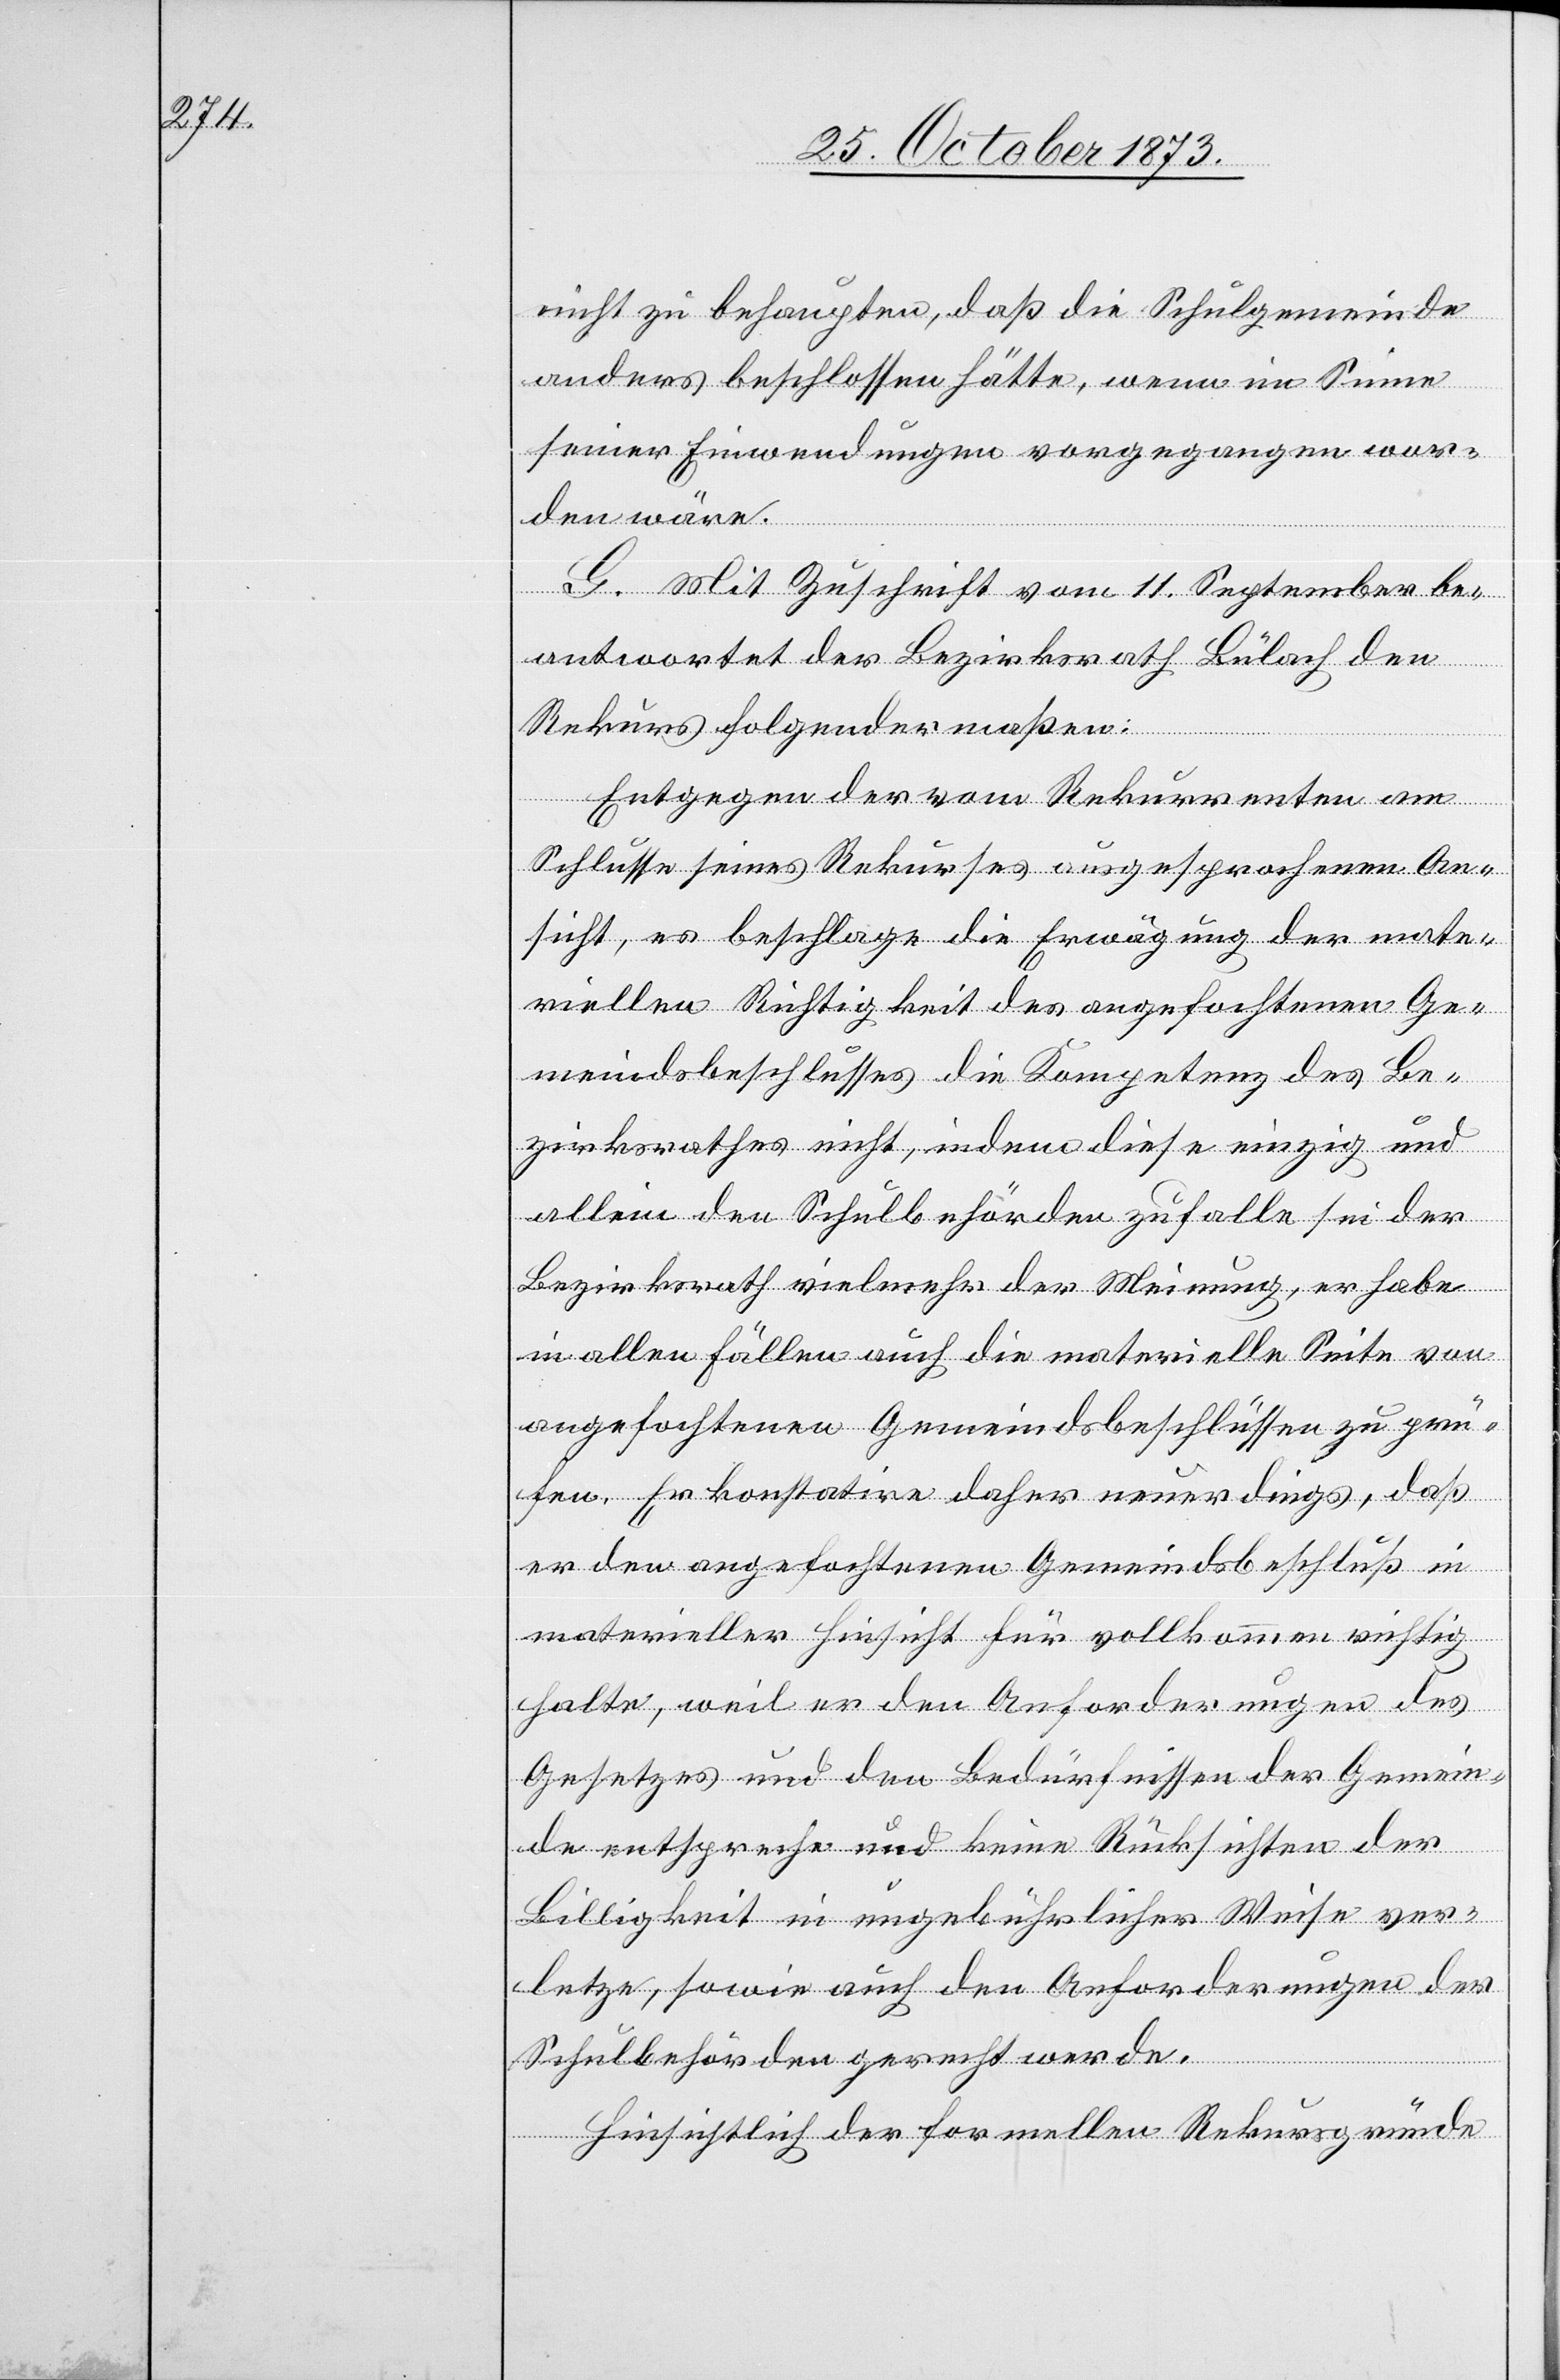
nicht zu behaupten, daß die Schulgemeinde
anders beschlossen hätte, wenn im Sinne
seiner Einwendungen vorgegangen wor¬
den wäre.
G. Mit Zuschrift vom 11. September be¬
antwortet der Bezirksrath Bülach den
Rekurs folgendermaßen:
Entgegen der vom Rekurrenten am
Schlusse seines Rekurses ausgesprochenen An¬
sicht, es beschlage die Erwägung der mate¬
riellen Richtigkeit des angefochtenen Ge¬
meindsbeschlusses die Kompetenz des Be¬
zirksrathes nicht, indem diese einzig und
allein den Schulbehörden zufalle sei der
Bezirksrath vielmehr der Meinung, er habe
in allen Fällen auch die materielle Seite von
angefochtenen Gemeindsbeschlüssen zu prü¬
fen. Er konstatire daher neuerdings, daß
er den angefochtenen Gemeindsbeschluß in
materieller Hinsicht für vollkommen richtig
halte, weil er den Anforderungen des
Gesetzes und den Bedürfnissen der Gemein¬
de entspreche und keine Rücksichten der
Billigkeit in ungebührlicher Weise ver¬
letze, sowie auch den Anforderungen der
Schulbehörden gerecht werde.
Hinsichtlich der formellen Rekursgründe